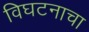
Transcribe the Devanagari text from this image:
विघटनाचा